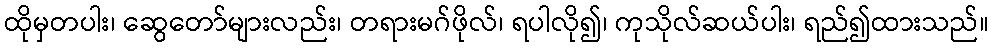
ထိုမှတပါး၊ ဆွေတော်များလည်း၊ တရားမဂ်ဖိုလ်၊ ရပါလို၍၊ ကုသိုလ်ဆယ်ပါး၊ ရည်၍ထားသည်။